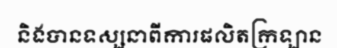
និងបានទស្សនាពីការផលិតក្រឡាន